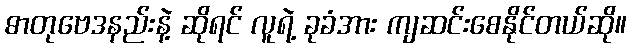
ဓာတုဗေဒနည်းနဲ့ ဆိုရင် လူရဲ့ ခုခံအား ကျဆင်းစေနိုင်တယ်ဆို။